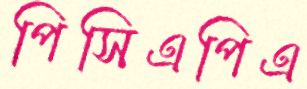
পিসিএপিএ